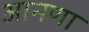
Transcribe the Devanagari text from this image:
आनणा